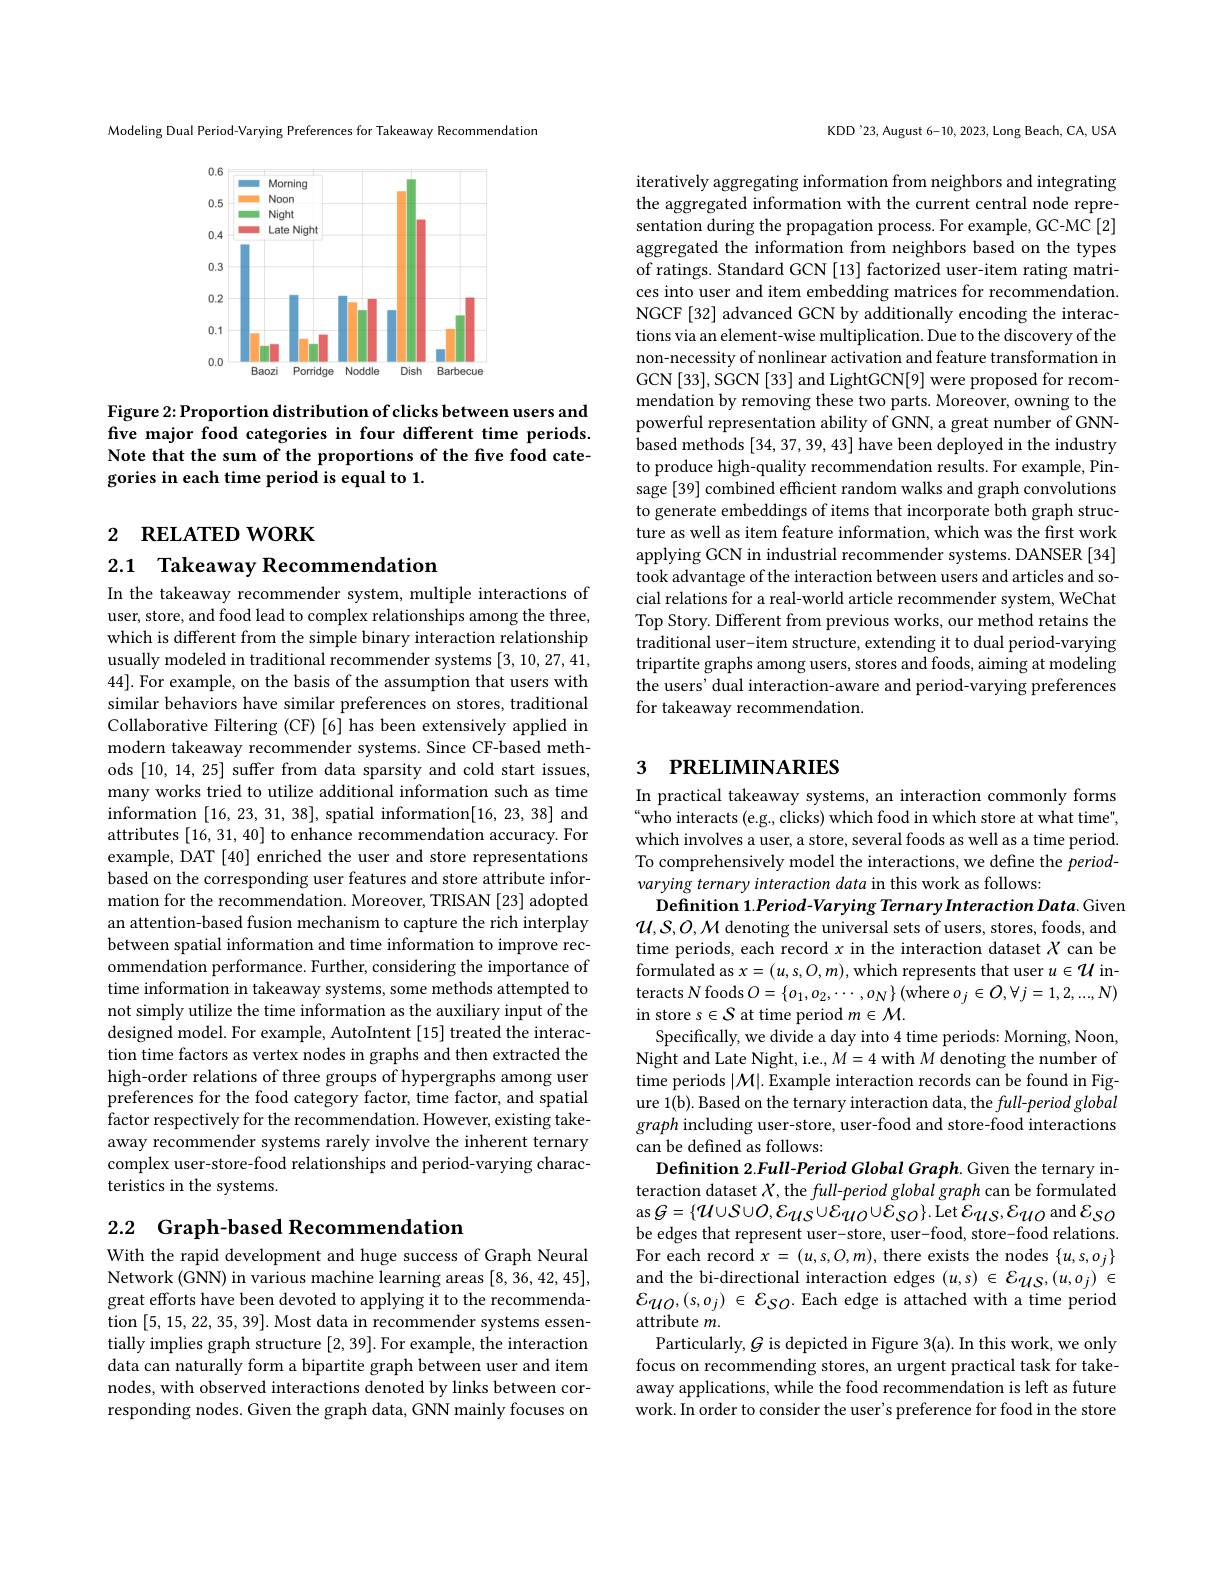
Modeling Dual Period-Varying Preferences for Takeaway Recommendatior

<FigureHere>

Figure 2: Proportion distribution of clicks between users and five major food categories in four different time periods. Note that the sum of the proportions of the five food categories in each time period is equal to 1.

# 2 RELATED WORK

2.1 Takeaway Recommendation

In the takeaway recommender system, multiple interactions of user, store, and food lead to complex relationships among the three, which is different from the simple binary interaction relationship usually modeled in traditional recommender systems [3,10,27,41, 44]. For example, on the basis of the assumption that users with similar behaviors have similar preferences on stores, traditional Collaborative Filtering (CF) [6] has been extensively applied in modern takeaway recommender systems. Since CF-based methods [10,14,25] suffer from data sparsity and cold start issues, many works tried to utilize additional information such as time information [16,23,31,38], spatial information[16,23,38] and attributes [16,31,40] to enhance recommendation accuracy. For example, DAT [40] enriched the user and store representations based on the corresponding user features and store attribute information for the recommendation. Moreover, TRISAN [23] adopted an attention-based fusion mechanism to capture the rich interplay between spatial information and time information to improve recommendation performance. Further, considering the importance of time information in takeaway systems, some methods attempted to not simply utilize the time information as the auxiliary input of the designed model. For example, AutoIntent [15] treated the interaction time factors as vertex nodes in graphs and then extracted the high-order relations of three groups of hypergraphs among user preferences for the food category factor, time factor, and spatial factor respectively for the recommendation. However, existing takeaway recommender systems rarely involve the inherent ternary complex user-store-food relationships and period-varying characteristics in the systems.

2.2 Graph-based Recommendation

With the rapid development and huge success of Graph Neural Network (GNN) in various machine learning areas [8,36,42,45], great efforts have been devoted to applying it to the recommendation [5,15,22,35,39]. Most data in recommender systems essentially implies graph structure [2,39]. For example, the interaction data can naturally form a bipartite graph between user and item nodes, with observed interactions denoted by links between corresponding nodes. Given the graph data, GNN mainly focuses on

KDD'23, August 6-10, 2023, Long Beach, CA, USA

iteratively aggregating information from neighbors and integrating the aggregated information with the current central node representation during the propagation process. For example, GC-MC [2] aggregated the information from neighbors based on the types of ratings. Standard GCN [13] factorized user-item rating matrices into user and item embedding matrices for recommendation. NGCF [32] advanced GCN by additionally encoding the interactions via an element-wise multiplication. Due to the discovery of the non-necessity of nonlinear activation and feature transformation in GCN[33], SGCN[33] and LightGCN[9] were proposed for recommendation by removing these two parts. Moreover, owning to the powerful representation ability of GNN, a great number of GNNbased methods [34,37,39,43] have been deployed in the industry to produce high-quality recommendation results. For example, Pinsage [39] combined efficient random walks and graph convolutions to generate embeddings of items that incorporate both graph structure as well as item feature information, which was the first work applying GCN in industrial recommender systems. DANSER [34] took advantage of the interaction between users and articles and social relations for a real-world article recommender system, WeChat Top Story. Different from previous works, our method retains the traditional user-item structure, extending it to dual period-varying tripartite graphs among users, stores and foods, aiming at modeling the users' dual interaction-aware and period-varying preferences for takeaway recommendation.

## 3 PRELIMINARIES

In practical takeaway systems, an interaction commonly forms “who interacts (e.g., clicks) which food in which store at what time", which involves a user, a store, several foods as well as a time period. To comprehensively model the interactions, we define the $period-$ varying ternary interaction data in this work as follows:
Defnition 1.Period-Varying Ternary Interaction Data. Given $\mathcal{U},S,O,\mathcal{M}$ denoting the universal sets of users, stores, foods, and time periods, each record $x$ in the interaction dataset $X$ can be formulated as $x=(u,s,O,m)$, which represents that user $u\in\mathcal{U}$ interacts N foods $O=\left\{o_1,o_2,\cdots,o_N\right\}($where $o_j\in O,\forall j=1,2,...,N)$ in store s$\in\mathcal{S}$ at time period $m\in\mathcal{M}.$
Specifically, we divide a day into 4 time periods: Morning, Noon, Night and Late Night, i.e., $M=4$ with $M$ denoting the number of time periods $|\mathcal{M}|.$ Example interaction records can be found in Figure 1(b). Based on the ternary interaction data, the full-period global graph including user-store, user-food and store-food interactions can be defined as follows:
Definition 2.Full-Period Global Graph. Given the ternary interaction dataset $X$, the full-period global graph can be formulated as $G=\{\mathcal{U}\cup\mathcal{S}\cup\mathcal{O},\mathcal{E}_{\mathcal{U}S}\cup\mathcal{E}_{\mathcal{U}O}\cup\mathcal{E}_{\mathcal{S}O}\}.$ Let $\mathcal{E}_{\mathcal{U}S},\mathcal{E}_{\mathcal{U}O}$ and $\mathcal{E}_{\mathcal{S}O}$ be edges that represent user-store, user-food, store-food relations. For each record $x= ( u, s, O, m) $,there exists the nodes$\{ u, s, o_{j}\}$ and the bi- directional interaction edges$( u, s) \in \mathcal{E} _{\mathcal{U} \mathcal{S} }, ( u, o_{j}) \in$ ${\mathcal E}_{UO},(s,o_{j})\in{\mathcal E}_{SO}.$ Each edge is attached with a time period attribute $m.$
Particularly, $G$ is depicted in Figure 3(a). In this work, we only focus on recommending stores, an urgent practical task for takeaway applications, while the food recommendation is left as future work. In order to consider the user's preference for food in the store